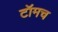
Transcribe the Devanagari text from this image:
टॉमच